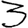
Digit: 3